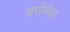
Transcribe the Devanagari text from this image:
वर्णमेल